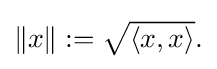
{\textstyle \|x\|:={\sqrt {\langle x,x\rangle }}.}